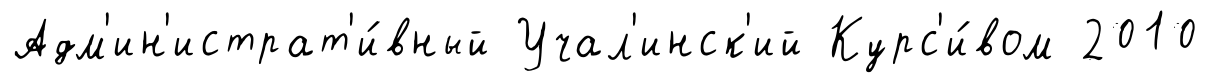
Адм'ин'истрат'и́вный Учал'инск'ий Курс'и́вом 2010